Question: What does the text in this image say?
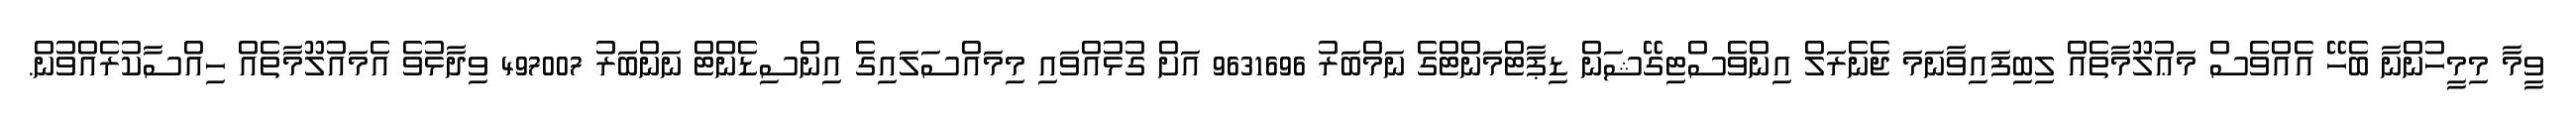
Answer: ވީމާ މިމީހުންނާ ބެހޭ އެއްވެސް މަޢުލޫމާތެއް ލިބިފައިވާނަމަ ޖެނެރަލް އިންވެސްޓިގޭޝަން ޑިޕާޓްމަންޓްގެ ނަމްބަރު 9631696 އަށް ގުޅުއްވައި މިމައްސަލައިގެ އިންސިޑެންޓް ނަންބަރު 497007 ވިދާޅުވެ އެމައުލޫމާތެއް ހިއްސާކުރެއްވުން.